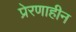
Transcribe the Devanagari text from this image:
प्रेरणाहीन